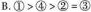
B.$$① > ④ > ② = ③$$